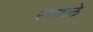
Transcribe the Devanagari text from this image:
स्वाले